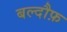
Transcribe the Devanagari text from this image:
बल्दौफ़